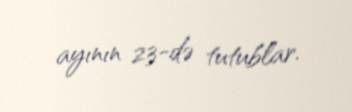
ayının 23-də tutublar.